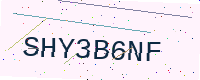
Text: SHY3B6NF